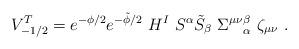
LaTeX: \begin{align*} V_{-1/2}^{T}= e ^{-\phi/2}e ^{-\tilde \phi/2}~ H^I~S^{\alpha} \tilde S_{\beta}~ {\Sigma^{\mu \nu}}_{\alpha}^{\beta}~\zeta_{\mu \nu} \ .\end{align*}